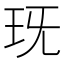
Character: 𤤍